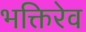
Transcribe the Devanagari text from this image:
भक्तिरेव